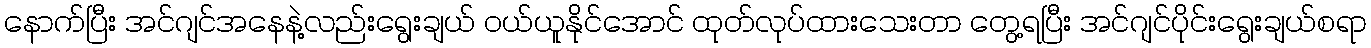
နောက်ပြီး အင်ဂျင်အနေနဲ့လည်းရွေးချယ် ဝယ်ယူနိုင်အောင် ထုတ်လုပ်ထားသေးတာ တွေ့ရပြီး အင်ဂျင်ပိုင်းရွေးချယ်စရာ